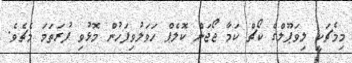
މިމެޗަކީ ލިވަޕޫލްގެ ކޯޗް ކަމާ ޖޯޖަން ކޮލެޕް ހަވަލުވިފަހުން މޮޅުވި ފުރަތަމަ މެޗެވެ.